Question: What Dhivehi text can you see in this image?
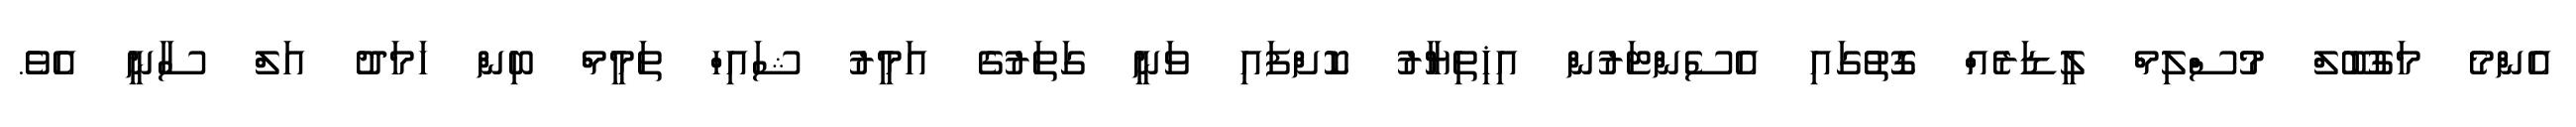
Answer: އެންމެ މަގުބޫލް މުސްލިމް ލީޑަރެއް ގޮތުގައި އެސެންޓަރުން އިޚިތިޔާރު ކޮށްފައި ވަނީ ގަތަރުގެ އަމީރު ޝައިހް ތަމީމް ބިން ހަމަދު އަލް ސާނީ އެވެ.